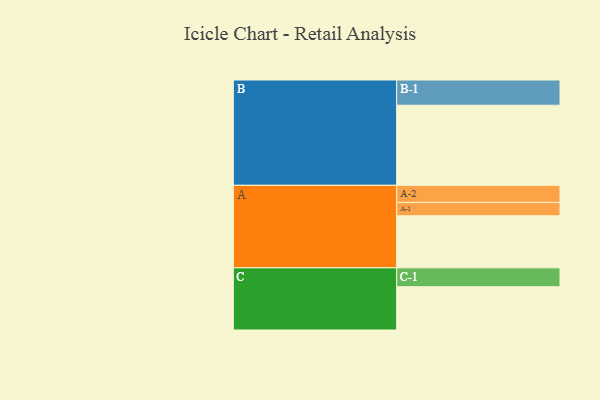
{"axis": {"x": "Segment", "y": "Value"}, "legend": ["", "A", "B", "C"], "data": [{"x": "A", "y": 386, "type": ""}, {"x": "B", "y": 594, "type": ""}, {"x": "C", "y": 321, "type": ""}, {"x": "A-1", "y": 99, "type": "A"}, {"x": "A-2", "y": 127, "type": "A"}, {"x": "B-1", "y": 187, "type": "B"}, {"x": "C-1", "y": 140, "type": "C"}]}